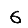
Digit: 6